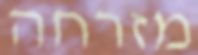
מזרחה